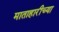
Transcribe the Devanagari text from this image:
माताहारीच्या